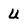
Character: u